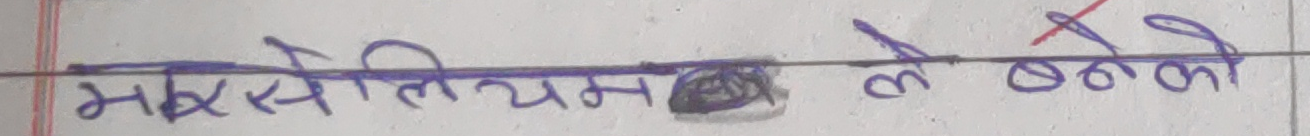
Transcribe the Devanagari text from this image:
मसैलियमका बनेको